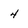
Character: 4